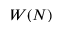
W ( N )